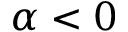
\alpha < 0